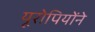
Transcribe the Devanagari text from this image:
यूरोपियोंने